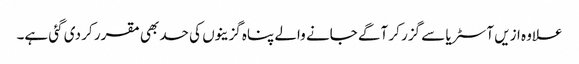
علاوہ ازیں آسٹریا سے گزر کر آگے جانے والے پناہ گزینوں کی حد بھی مقرر کر دی گئی ہے۔